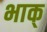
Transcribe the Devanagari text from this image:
भाक्‌